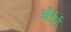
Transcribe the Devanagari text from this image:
और्डर्ड